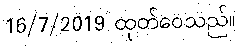
16/7/2019 ထုတ်ဝေသည်။